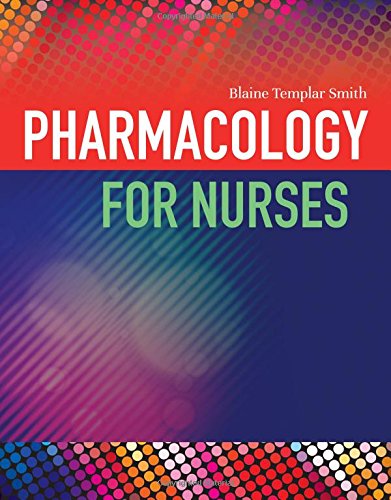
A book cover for Pharmacology For Nurses; Blaine T. Smith; Medical Books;